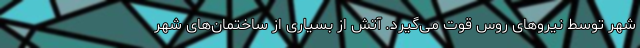
شهر توسط نیروهای روس قوت می‌گیرد. آتش از بسیاری از ساختمان‌های شهر